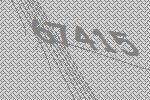
67415